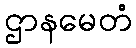
ဌာနမေတံ